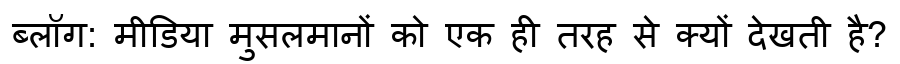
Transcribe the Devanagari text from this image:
ब्लॉग: मीडिया मुसलमानों को एक ही तरह से क्यों देखती है?